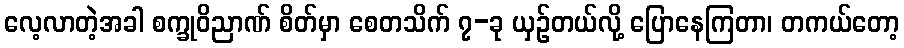
လေ့လာတဲ့အခါ စက္ခုဝိညာဏ် စိတ်မှာ စေတသိက် ၇-ခု ယှဉ်တယ်လို့ ပြောနေကြတာ၊ တကယ်တော့